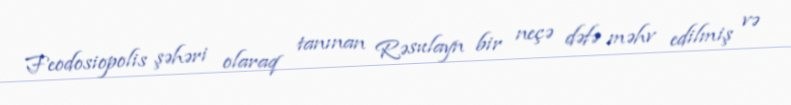
Feodosiopolis şəhəri olaraq tanınan Rəsulayn bir neçə dəfə məhv edilmiş və